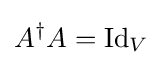
A^{\dagger }A=\operatorname {Id} _{V}